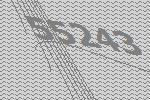
55243